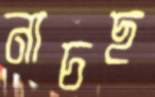
নাচছ